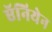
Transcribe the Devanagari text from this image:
ऍनियेन